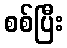
စစ်ပြီး